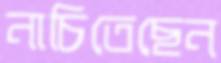
নাচিতেছেন